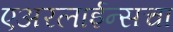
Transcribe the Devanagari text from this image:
एअरलाईन्सचा